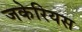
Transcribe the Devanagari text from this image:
जकेरियस